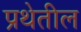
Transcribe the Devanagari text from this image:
प्रथेतील